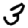
Digit: 3